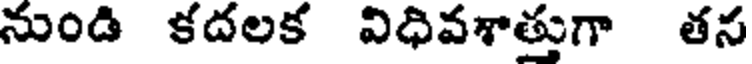
నుండి కదలక విధివశాత్తుగా తస